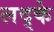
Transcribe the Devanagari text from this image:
लद्के